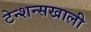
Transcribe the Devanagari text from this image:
टेन्शन्सखाली